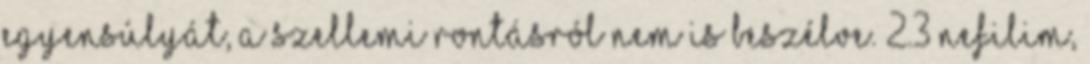
egyensúlyát, a szellemi rontásról nem is beszélve. 2.3 Nefilim,